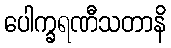
ပေါက္ခရဏီသတာနိ